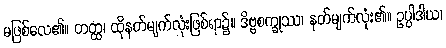
မဖြစ်လေ၏။ တတ္ထ၊ ထိုနတ်မျက်လုံးဖြစ်ရာ၌။ ဒိဗ္ဗစက္ခုဿ၊ နတ်မျက်လုံး၏။ ဥပ္ပါဒါယ၊